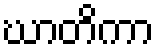
ဃာတိကာ